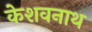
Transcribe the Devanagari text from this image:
केशवनाथ